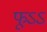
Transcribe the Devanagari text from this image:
फूऽऽ